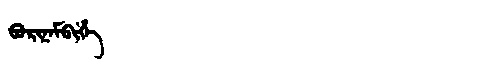
Manchu: ᠪᠣᡵᡳᠨᠠᠮᠪᡳᡥᡝ
Romanization: BORINAMBIHE